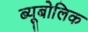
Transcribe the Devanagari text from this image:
ब्यूबोलिक